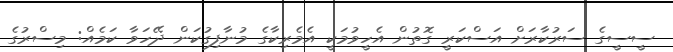
ސީސީގެ ސަރުކާރަށް އަސްކަރީ ގޮތުން އެހީވުމަކީ އެމެރިކާގެ މުނާފިގުކަން ދޭހަވާ ކަމެއް: މިސްރުގެ